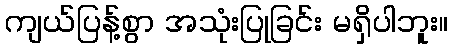
ကျယ်ပြန့်စွာ အသုံးပြုခြင်း မရှိပါဘူး။